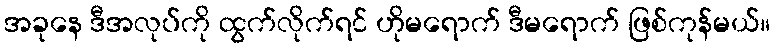
အခုနေ ဒီအလုပ်ကို ထွက်လိုက်ရင် ဟိုမရောက် ဒီမရောက် ဖြစ်ကုန်မယ်။